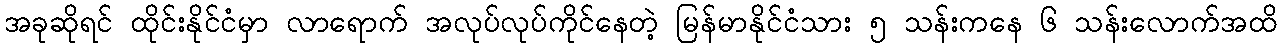
အခုဆိုရင် ထိုင်းနိုင်ငံမှာ လာရောက် အလုပ်လုပ်ကိုင်နေတဲ့ မြန်မာနိုင်ငံသား ၅ သန်းကနေ ၆ သန်းလောက်အထိ